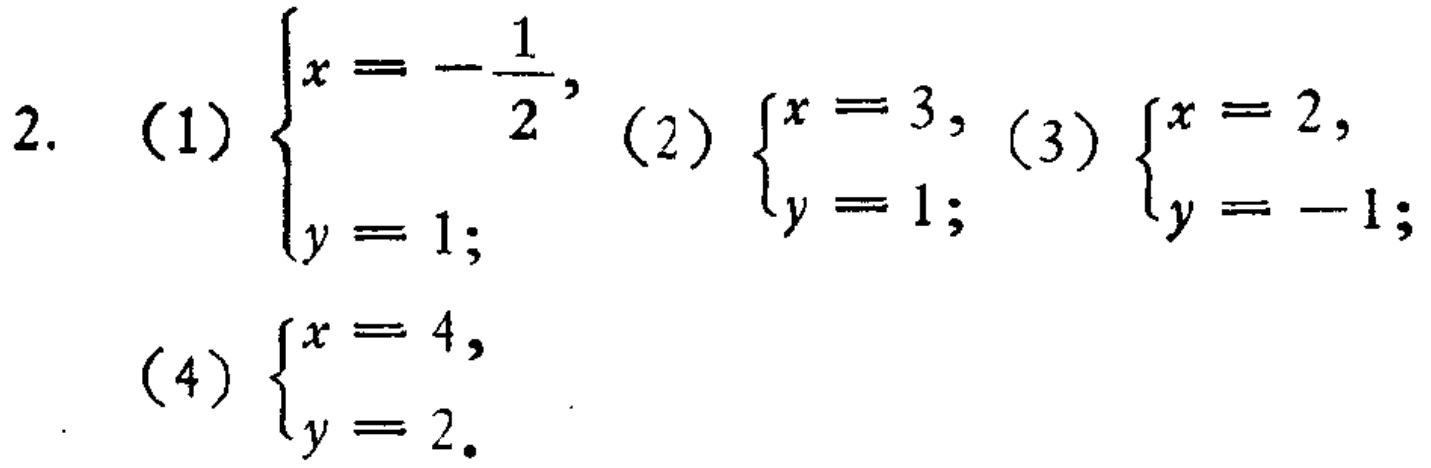
2. (1) \(\begin{cases}x = -\dfrac{1}{2},\\y = 1;\end{cases}\) (2) \(\begin{cases}x = 3,\\y = 1;\end{cases}\) (3) \(\begin{cases}x = 2,\\y = -1;\end{cases}\) (4) \(\begin{cases}x = 4,\\y = 2.\end{cases}\)